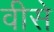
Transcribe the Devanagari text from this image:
वीसे